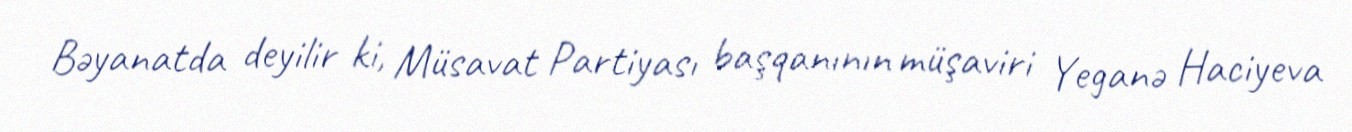
Bəyanatda deyilir ki, Müsavat Partiyası başqanının müşaviri Yeganə Haciyeva